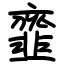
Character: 韲